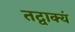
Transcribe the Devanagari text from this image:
तद्वाक्यं